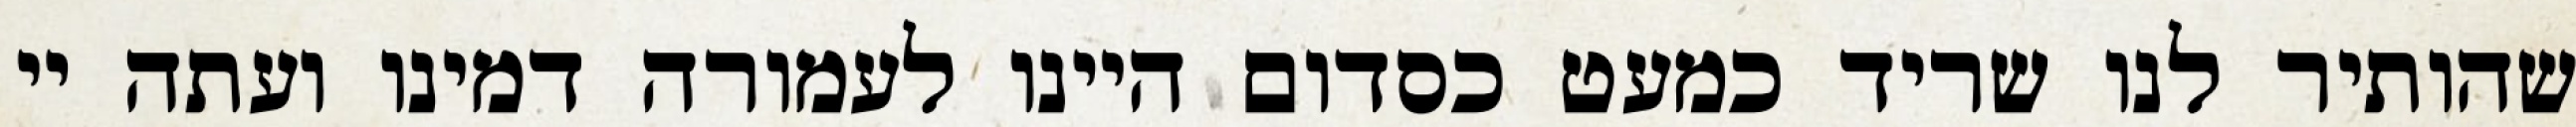
שהותיר לנו שריד כמעט כסדום היינו לעמורה דמינו ועתה יי